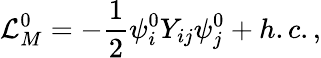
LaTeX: {\cal L}_{M}^{0}=-\frac{1}{2}\psi_{i}^{0}Y_{ij}\psi_{j}^{0}+h.c.,